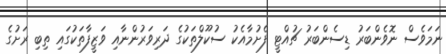
ނަމަވެސް ނޮވެންބަރު ޑިސެންބަރު ޗުއްޓީ ފެށުމާއެކު ސުކޫލްތަކުގެ ދަރިވަރުންނާއި ވަޒީފާތަކުގައި ތިބި ރަށުގެ